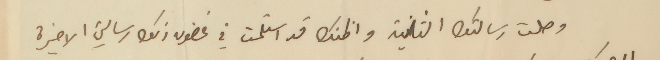
وصلت رسالتك الثانية واظنك قد استلمت في غضون ذلك رسالتي الاخيرة